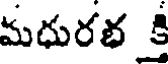
మధురభ కి